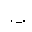
Letter: _ba